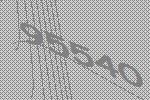
95540